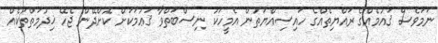
ނަމަވެސް ޤައުމެއްގެ ރައްޔިތެއްގެ ހައިސިއްޔަތުން އެމީހަކު ނިސްބަތްވާ ޤަޢުމަކަށް ކޮށްދޭން ޖެހޭ ޚިދުމަތްތަކެއް